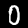
Digit: 0